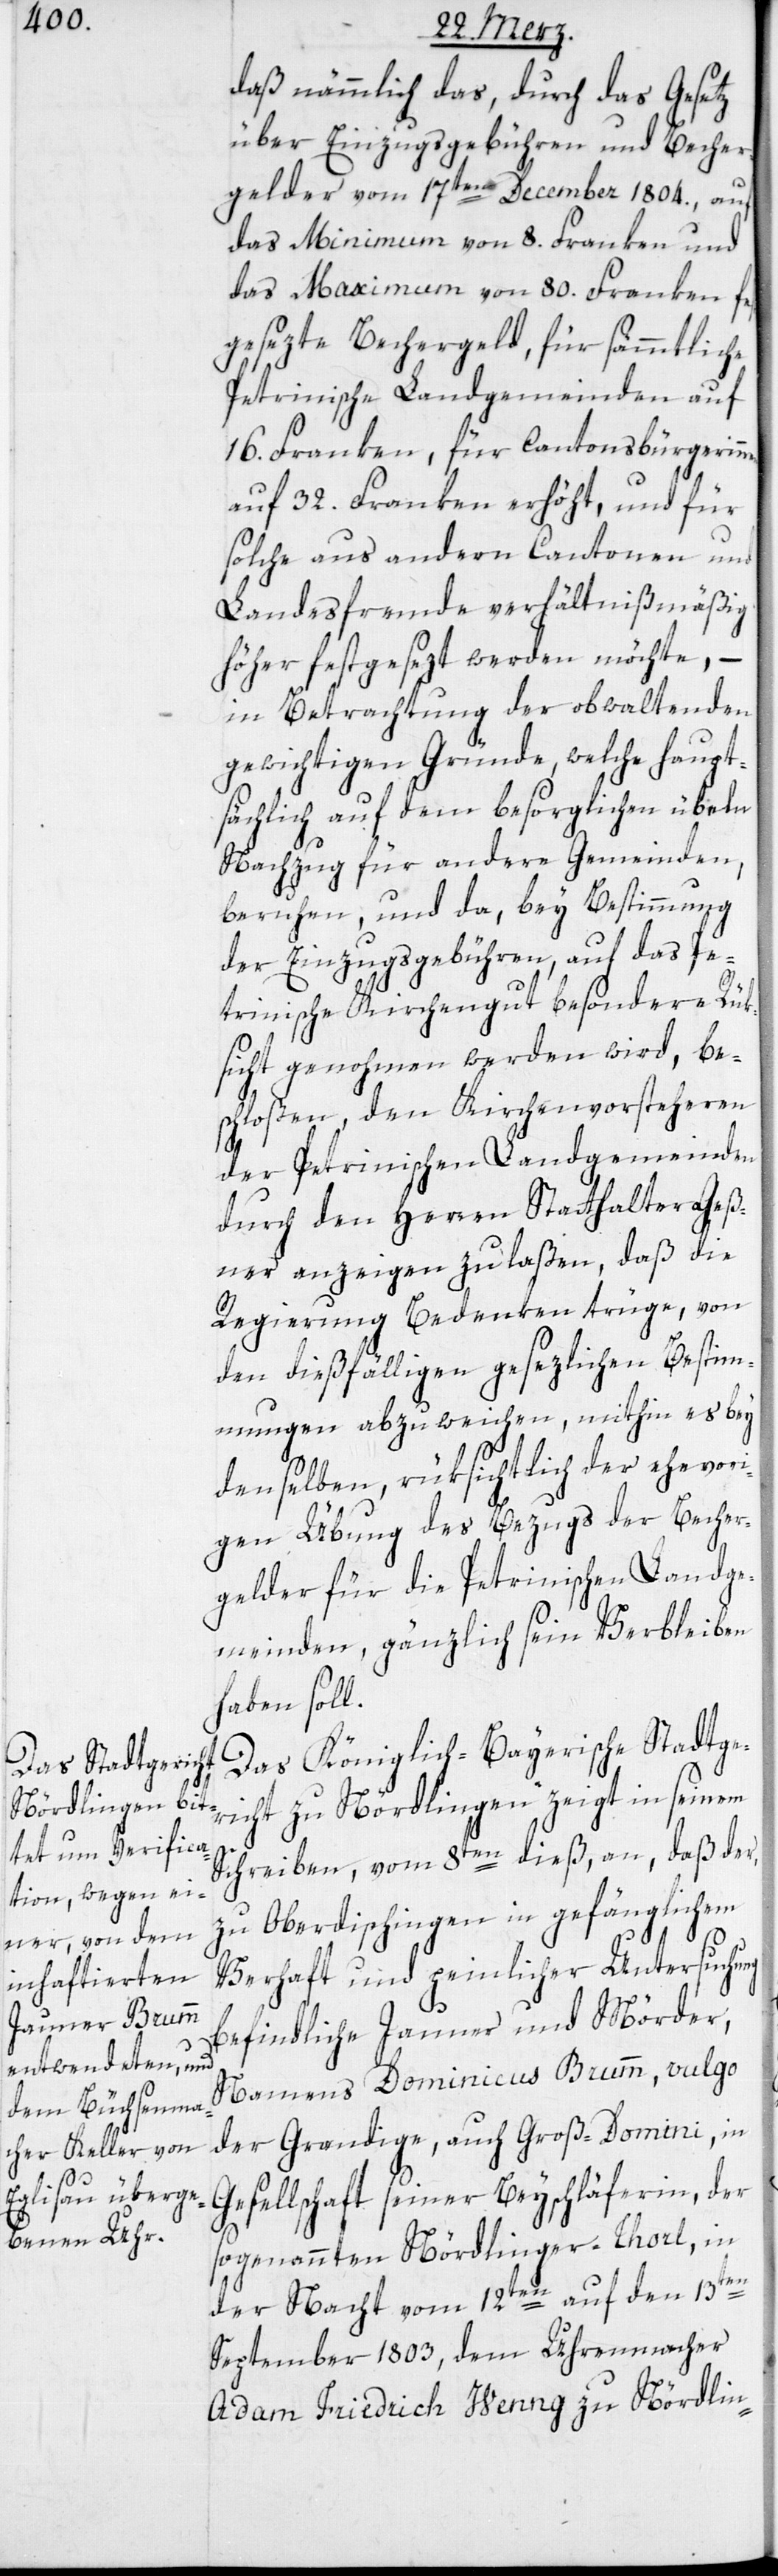
Stadtgeric¬

daß nämmlich das, durch das Gesetz
über Einzugsgebühren und Becher¬
gelder vom 17ten December 1804. auf
das Minimum von 8. Franken und
das Maximum von 80. Franken fes¬
tgesezte Bechergeld, für sämmtliche
Petrinische Landgemeinden auf
16. Franken, für Cantonsbürgerinnen
auf 32. Franken erhöht, und für
solche aus andern Cantonen und
Landesfremde verhältnismäßig
höher festgesezt werden möchte, –
in Betrachtung der obwaltenden
gewichtigen Gründe, welche haupt¬
sächlich auf dem besorglichen übeln
Nachzug für andere Gemeinden,
beruhen, und da, bey Bestimmung
der Einzugsgebühren, auf das Pe¬
trinische Kirchengut besondere Rük¬
sicht genohmen werden wird, be¬
schloßen, den Kirchenvorsteheren
ng
der Petrinischen Landgemeinden
durch den Herren Statthalter Geß¬
ner anzeigen zu laßen, daß die
Regierung Bedenken trüge, von
den dießfälligen gesezlichen Bestim¬
mungen abzuweichen, mithin es bey
denselben, rüksichltich der ehevori¬
gen Übung des Bezugs der Becher¬
gelder für die Petrinischen Landge¬
meinden, gänzlich sein Verbleiben
haben soll.
ht zu Nördlingen zeigt in seinem
Schreiben vom 8ten dieß an, daß der,
zu Oberdischingen in gefänglichem
Verhaft und peinlicher Untersuchu¬
befindliche Jauner und Mörder,
Namens Dominicus Brumm, vulgo
der Grandige, auch Groß-Domini, in
Gesellschaft seiner Beyschläferin, der
sogenannten Nördlinger-Thorl, in
der Nacht vom 12ten auf den 13ten
September 1803, dem Uhrenmacher
Adam Friedrich Henng zu Nördlin-